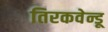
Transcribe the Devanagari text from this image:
तिरकवेन्डू